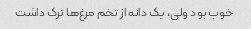
خوب بود ولی، یک دانه از تخم مرغ‌ها ترک داشت